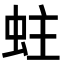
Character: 蛀